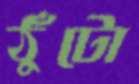
ঠুঁটো